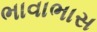
ભાવાભાસ